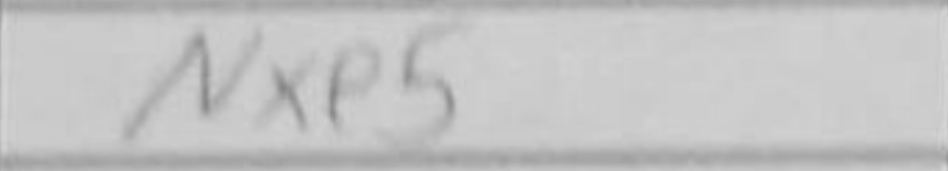
Transcription: Nxe5